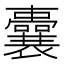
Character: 囊